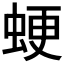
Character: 𧋑